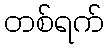
တစ်ရက်